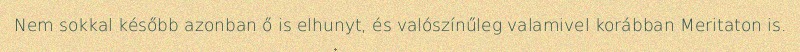
Nem sokkal később azonban ő is elhunyt, és valószínűleg valamivel korábban Meritaton is.